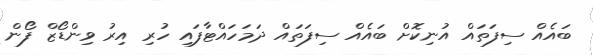
ބައެއް ސިފަތައް އުނިކޮށް ބައެއް ސިފަތައް ދަމަހައްޓާފައި ހުރި އިރު ވިންޑޯޒް ފޯން